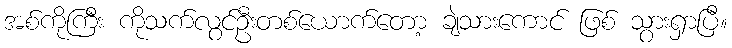
အစ်ကိုကြီး ကိုသက်လွင်ဦးတစ်ယောက်တော့ ချဲသားကောင် ဖြစ် သွားရှာပြီ။